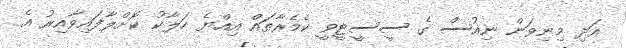
އަދި މިނިވަން ނިއުސް ގެ ސީސީޓީވީ ކެމެރާތައް އިއްޔެ ހަލާކު ކޮށްލާފައިވާއިރު އެ